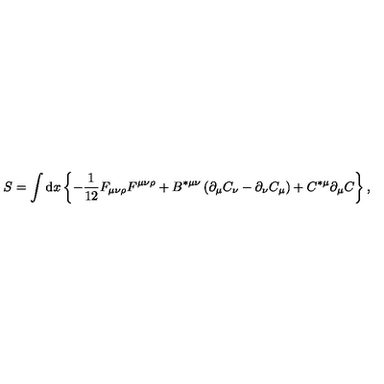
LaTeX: S = \int \mathrm { d } x \left\{ - \frac { 1 } { 1 2 } F _ { \mu \nu \rho } F ^ { \mu \nu \rho } + B ^ { * \mu \nu } \left( \partial _ { \mu } C _ { \nu } - \partial _ { \nu } C _ { \mu } \right) + C ^ { * \mu } \partial _ { \mu } C \right\} ,